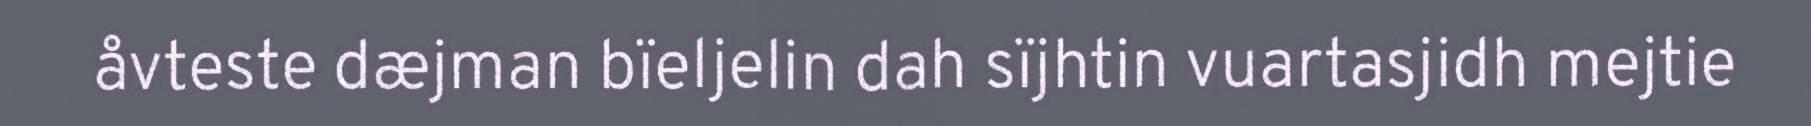
åvteste dæjman bïeljelin dah sïjhtin vuartasjidh mejtie